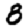
Digit: 8